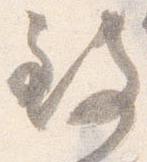
致